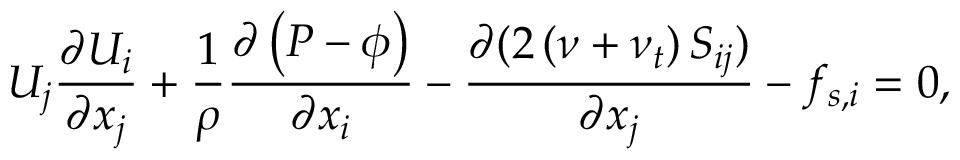
U _ { j } \frac { \partial U _ { i } } { \partial x _ { j } } + \frac { 1 } { \rho } \frac { \partial \left( P - \phi \right) } { \partial x _ { i } } - \frac { \partial ( 2 \left( \nu + \nu _ { t } \right) S _ { i j } ) } { \partial x _ { j } } - f _ { s , i } = 0 ,